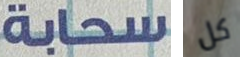
سحابة كل